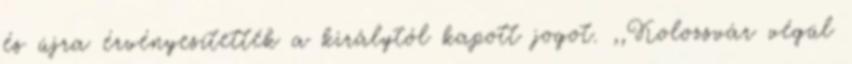
és újra érvényesítették a királytól kapott jogot. ,,Kolozsvár végül